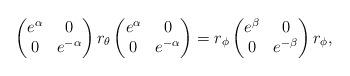
LaTeX: \begin{align*} \begin{pmatrix} e^\alpha & 0 \\ 0 & e^{-\alpha} \end{pmatrix} r_\theta \begin{pmatrix} e^{\alpha} & 0 \\ 0 & e^{-\alpha} \end{pmatrix} = r_{\phi} \begin{pmatrix} e^{\beta} & 0 \\ 0 & e^{-\beta} \end{pmatrix} r_{\phi}, \end{align*}